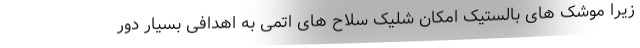
زیرا موشک های بالستیک امکان شلیک سلاح های اتمی به اهدافی بسیار دور